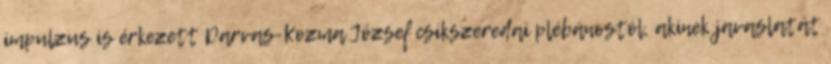
impulzus is érkezett Darvas-Kozma József csíkszeredai plébánostól, akinek javaslatát